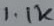
Text: 1.1K